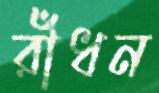
রাঁধন